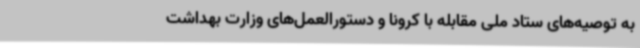
به توصیه‌های ستاد ملی مقابله با کرونا و دستورالعمل‌های وزارت بهداشت